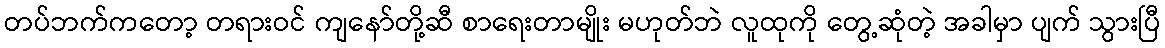
တပ်ဘက်ကတော့ တရားဝင် ကျနော်တို့ဆီ စာရေးတာမျိုး မဟုတ်ဘဲ လူထုကို တွေ့ဆုံတဲ့ အခါမှာ ပျက် သွားပြီ